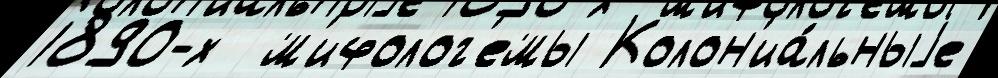
1890-х  м'ифолог'емы Колон'иа́льныjе